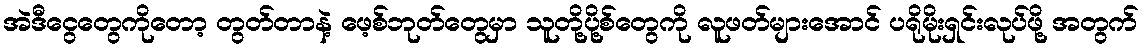
အဲဒီငွေတွေကိုတော့ တွတ်တာနဲ့ ဖေ့စ်ဘုတ်တွေမှာ သူတို့ပို့စ်တွေကို လူဖတ်များအောင် ပရိုမိုးရှင်းလုပ်ဖို့ အတွက်